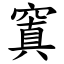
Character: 窴